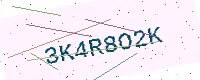
Text: 3K4R8O2K